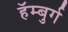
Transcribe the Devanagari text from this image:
हॅम्बुर्ग